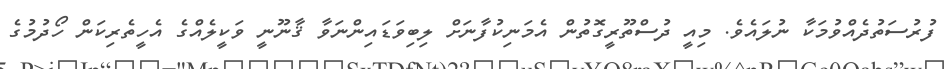
ފުރުސަތުދެއްވުމަކާ ނުލައެވެ. މިއީ ދުސްތޫރީގޮތުން އެމަނިކުފާނަށް ލިބިވަޑައިންނަވާ ޤާނޫނީ ވަކީލެއްގެ އެހީތެރިކަން ހޯދުމުގެ